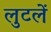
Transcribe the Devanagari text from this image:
लुटलें